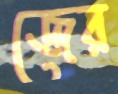
জের